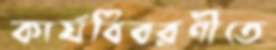
কার্যবিবরণীতে